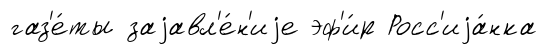
газ'е́ты заjавл'е́н'иjе эф'и́р Росс'иjа́нка